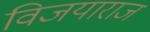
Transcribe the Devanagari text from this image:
विजयाराज